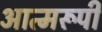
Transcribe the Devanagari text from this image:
आत्मरूपी